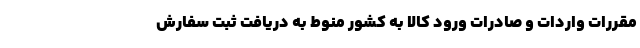
مقررات واردات و صادرات ورود کالا به کشور منوط به دریافت ثبت سفارش